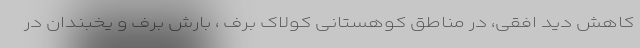
کاهش دید افقی، در مناطق کوهستانی کولاک برف ، بارش برف و یخبندان در